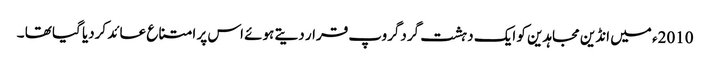
2010ء میں انڈین مجاہدین کو ایک دہشت گردگروپ قرار دیتے ہوئے اس پر امتناع عائد کردیا گیا تھا ۔